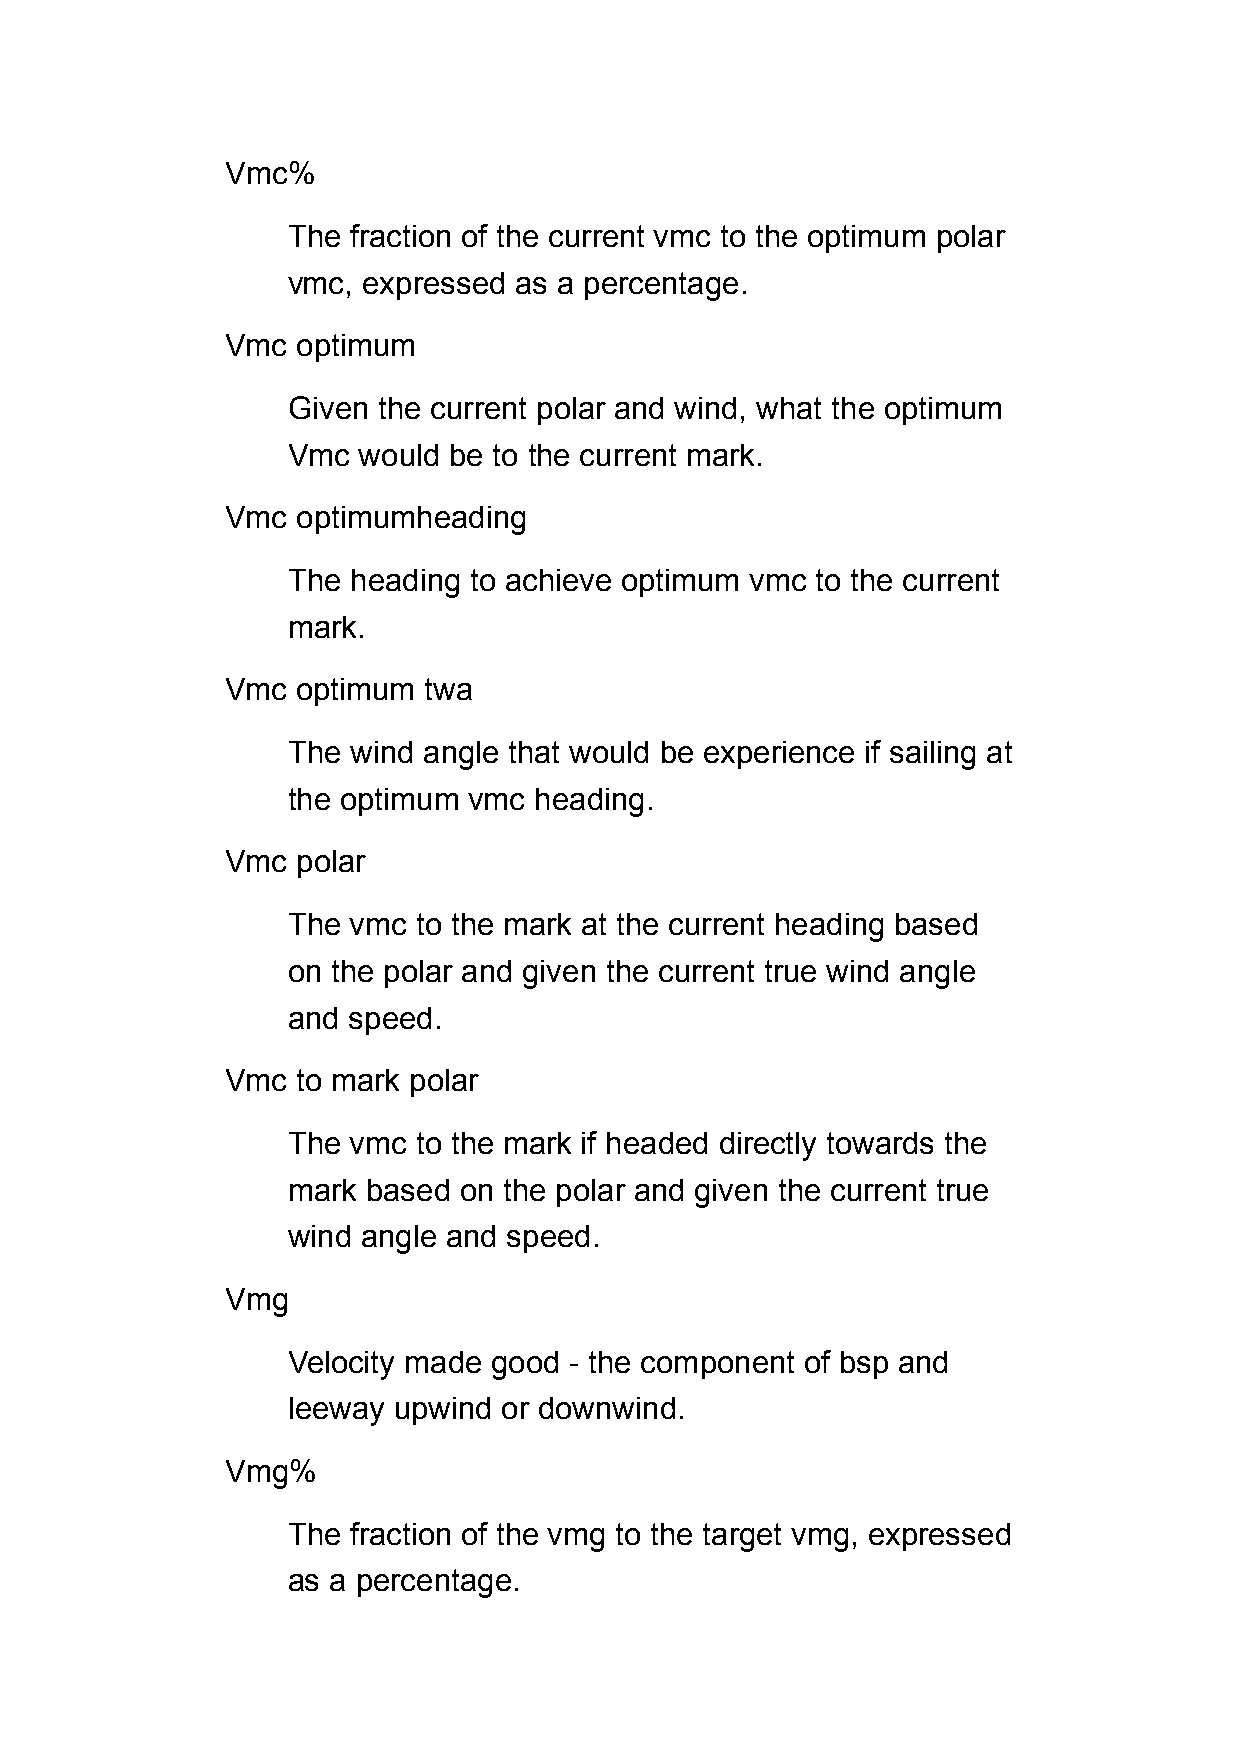
Vmc%
 The fraction of the current vmc to the optimum polar
 vmc, expressed as a percentage.
 Vmc  optimum
 Given the current polar and wind, what the optimum
 Vmc  would be to the current mark.
 Vmc  optimumheading
 The heading to achieve optimum vmc to the current
 mark.
 Vmc  optimum twa
 The wind angle that would be experience if sailing at
 the optimum vmc heading.
 Vmc  polar
 The vmc  to the mark at the current heading based
 on the polar and given the current true wind angle
 and speed.
 Vmc  to mark polar
 The vmc  to the mark if headed directly towards the
 mark based on the polar and given the current true
 wind angle and speed.
 Vmg
 Velocity made good - the component of bsp and
 leeway upwind or downwind.
 Vmg%
 The fraction of the vmg to the target vmg, expressed
 as a percentage.